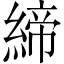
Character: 締